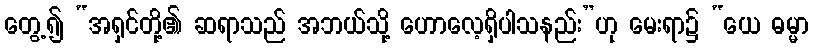
တွေ့၍ “အရှင်တို့၏ ဆရာသည် အဘယ်သို့ ဟောလေ့ရှိပါသနည်း”ဟု မေးရာ၌ “ယေ ဓမ္မာ